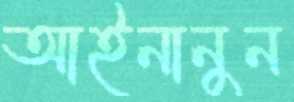
আইনানুন